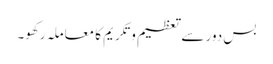
بس دور سے تعظیم و تکریم کا معاملہ رکھو۔